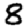
Digit: 8